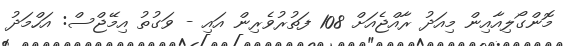
މޮންގޯލިއާއިން މިއަދު ރާއްޖެއަށް 108 ފަތުރުވެރިން އައި - ވަގުތު އިމޭޖްސް: އަހްމަދު